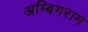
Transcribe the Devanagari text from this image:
अम्बिगराम